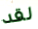
لقد